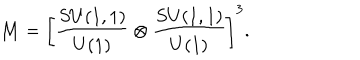
{ \cal M } = \left[ { \frac { S U ( 1 , 1 ) } { U ( 1 ) } } \otimes { \frac { S U ( 1 , 1 ) } { U ( 1 ) } } \right] ^ { 3 } .